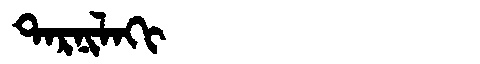
Manchu: ᡨᠠᡵᠨᡳᠯᠠᡴᡳ
Romanization: TARNILAKI